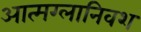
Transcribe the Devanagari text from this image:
आत्मग्लानिवश